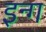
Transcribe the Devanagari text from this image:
इन्ग